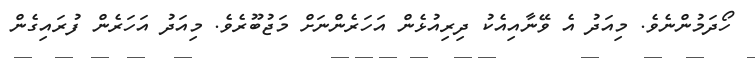
ހޯދަމުންނެވެ. މިއަދު އެ ވޭނާއިއެކު ދިރިއުޅެން އަހަރެންނަށް މަޖުބޫރެވެ. މިއަދު އަހަރެން ފުރައިގެން